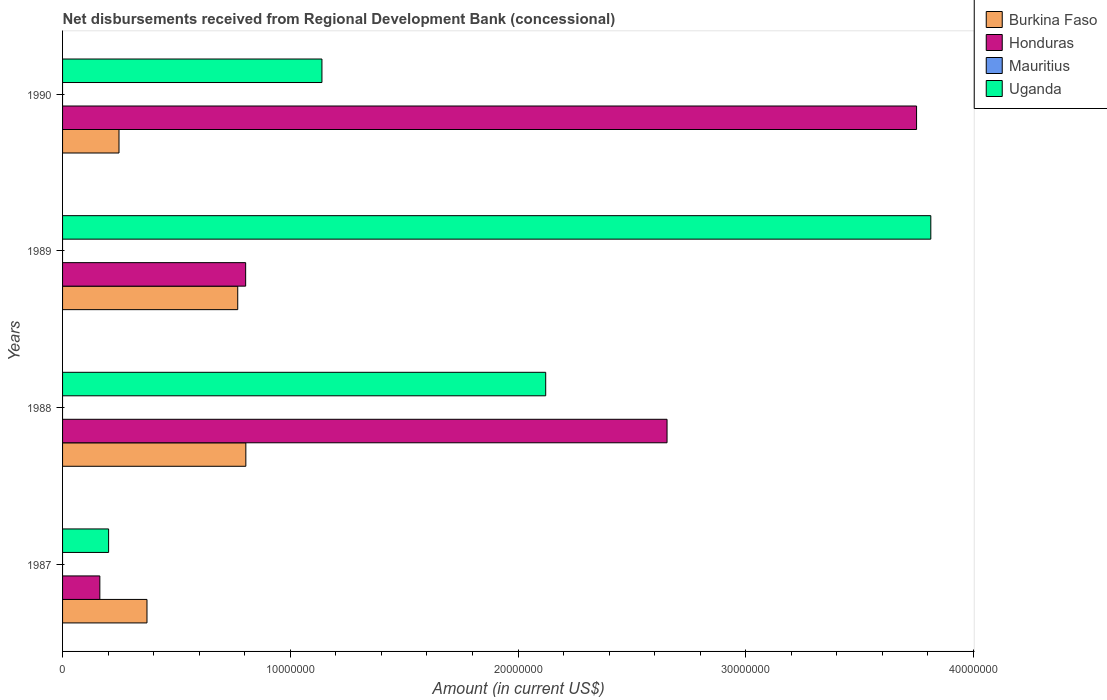
| Years | Burkina Faso | Honduras | Mauritius | Uganda |
 | --- | --- | --- | --- | --- |
 | 1987 | 3.71e+06 | 1.64e+06 | -2.8e+04 | 2.02e+06 |
 | 1988 | 8.05e+06 | 2.65e+07 | -1.77e+05 | 2.12e+07 |
 | 1989 | 7.69e+06 | 8.04e+06 | -1.65e+05 | 3.81e+07 |
 | 1990 | 2.48e+06 | 3.75e+07 | -3.57e+05 | 1.14e+07 |